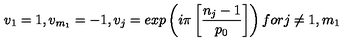
v _ { 1 } = 1 , v _ { m _ { 1 } } = - 1 , v _ { j } = e x p \left( i \pi \left[ \frac { n _ { j } - 1 } { p _ { 0 } } \right] \right) f o r j \neq 1 , m _ { 1 }